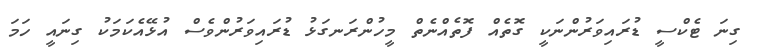
ގިނަ ޓެކްސީ ޑުރައިވަރުންނަކީ ގޮތެއް ފޮތެއްނެތް މީހުންރަނގަޅު ޑުރައިވަރުންވެސް އުޅޭއެކަމަކު ގިނައީ ހަމަ